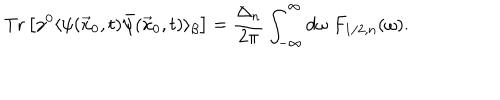
\mathrm { T r } \left[ \gamma ^ { 0 } \langle \psi ( \vec { x } _ { 0 } , t ) \bar { \psi } ( \vec { x } _ { 0 } , t ) \rangle _ { \beta } \right] = \frac { \Delta _ { n } } { 2 \pi } \int _ { - \infty } ^ { \infty } d \omega \; F _ { 1 / 2 , n } ( \omega ) .